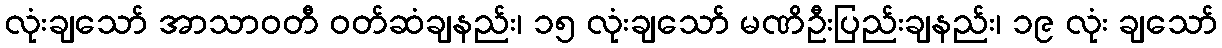
လုံးချသော် အာသာဝတီ ဝတ်ဆံချနည်း၊ ၁၅ လုံးချသော် မဏိဦးပြည်းချနည်း၊ ၁၉ လုံး ချသော်